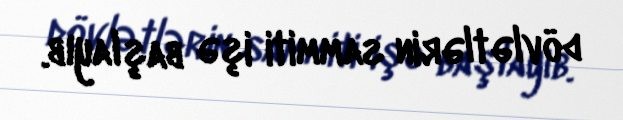
dövlətlərin sammiti işə başlayıb.